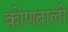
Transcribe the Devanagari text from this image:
कोणताली